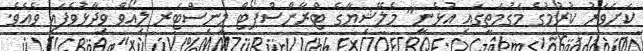
ކަށަވަރު ކުރުމުގެ މަގުމަތީގައި އުޅެނީ" މެލޭޝިޔާގެ ޓްރާންސްޕޯޓް މިނިސްޓަރ ލިއޯވް ވިދާޅުވެފައި ވެއެވެ.